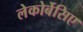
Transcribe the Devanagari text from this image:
लेकोर्बेसिए